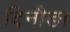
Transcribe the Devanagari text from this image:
दिनौङा